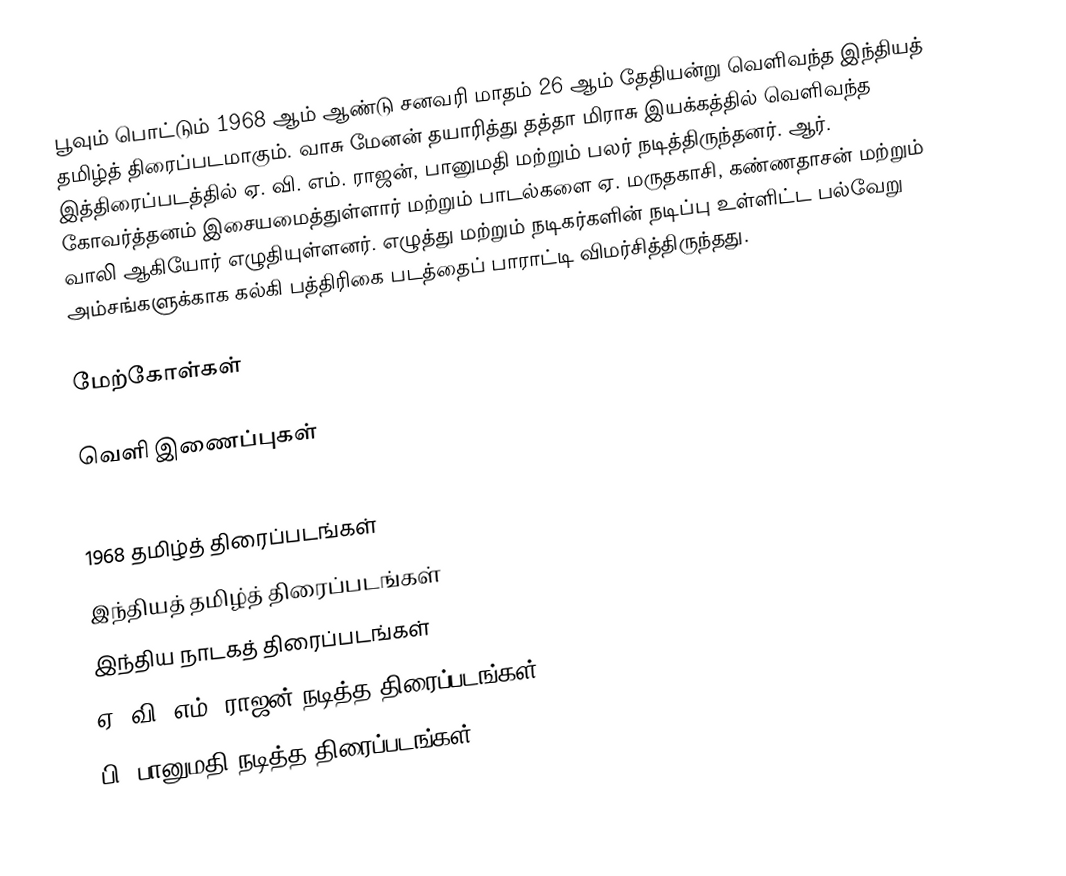
பூவும் பொட்டும் 1968 ஆம் ஆண்டு சனவரி மாதம் 26 ஆம் தேதியன்று வெளிவந்த இந்தியத் தமிழ்த் திரைப்படமாகும். வாசு மேனன் தயாரித்து தத்தா மிராசு இயக்கத்தில்  வெளிவந்த இத்திரைப்படத்தில் ஏ. வி. எம். ராஜன், பானுமதி மற்றும் பலர் நடித்திருந்தனர். ஆர். கோவர்த்தனம் இசையமைத்துள்ளார் மற்றும் பாடல்களை ஏ. மருதகாசி, கண்ணதாசன் மற்றும் வாலி ஆகியோர் எழுதியுள்ளனர். எழுத்து மற்றும் நடிகர்களின் நடிப்பு உள்ளிட்ட பல்வேறு அம்சங்களுக்காக கல்கி பத்திரிகை படத்தைப் பாராட்டி விமர்சித்திருந்தது.

மேற்கோள்கள்

வெளி இணைப்புகள்

1968 தமிழ்த் திரைப்படங்கள்
இந்தியத் தமிழ்த் திரைப்படங்கள்
இந்திய நாடகத் திரைப்படங்கள்
ஏ. வி. எம். ராஜன் நடித்த திரைப்படங்கள்
பி. பானுமதி நடித்த திரைப்படங்கள்